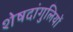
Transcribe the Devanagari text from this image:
शेषदांगुलियों